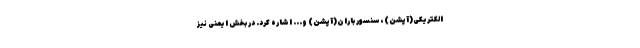
الکتریکی(آپشن)، سنسور باران(آپشن) و... اشاره کرد. در بخش ایمنی نیز